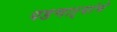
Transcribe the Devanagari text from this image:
पडणाऱ्यांचे